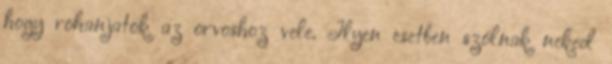
hogy rohanjatok az orvoshoz vele. Ilyen esetben szólnak neked